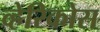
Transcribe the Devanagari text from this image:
व्हेरिकोस